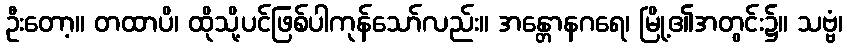
ဦးတော့။ တထာပိ၊ ထိုသို့ပင်ဖြစ်ပါကုန်သော်လည်း။ အန္တောနဂရေ၊ မြို့၏အတွင်း၌။ သဗ္ဗံ၊